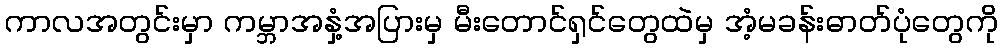
ကာလအတွင်းမှာ ကမ္ဘာအနှံ့အပြားမှ မီးတောင်ရှင်တွေထဲမှ အံ့မခန်းဓာတ်ပုံတွေကို